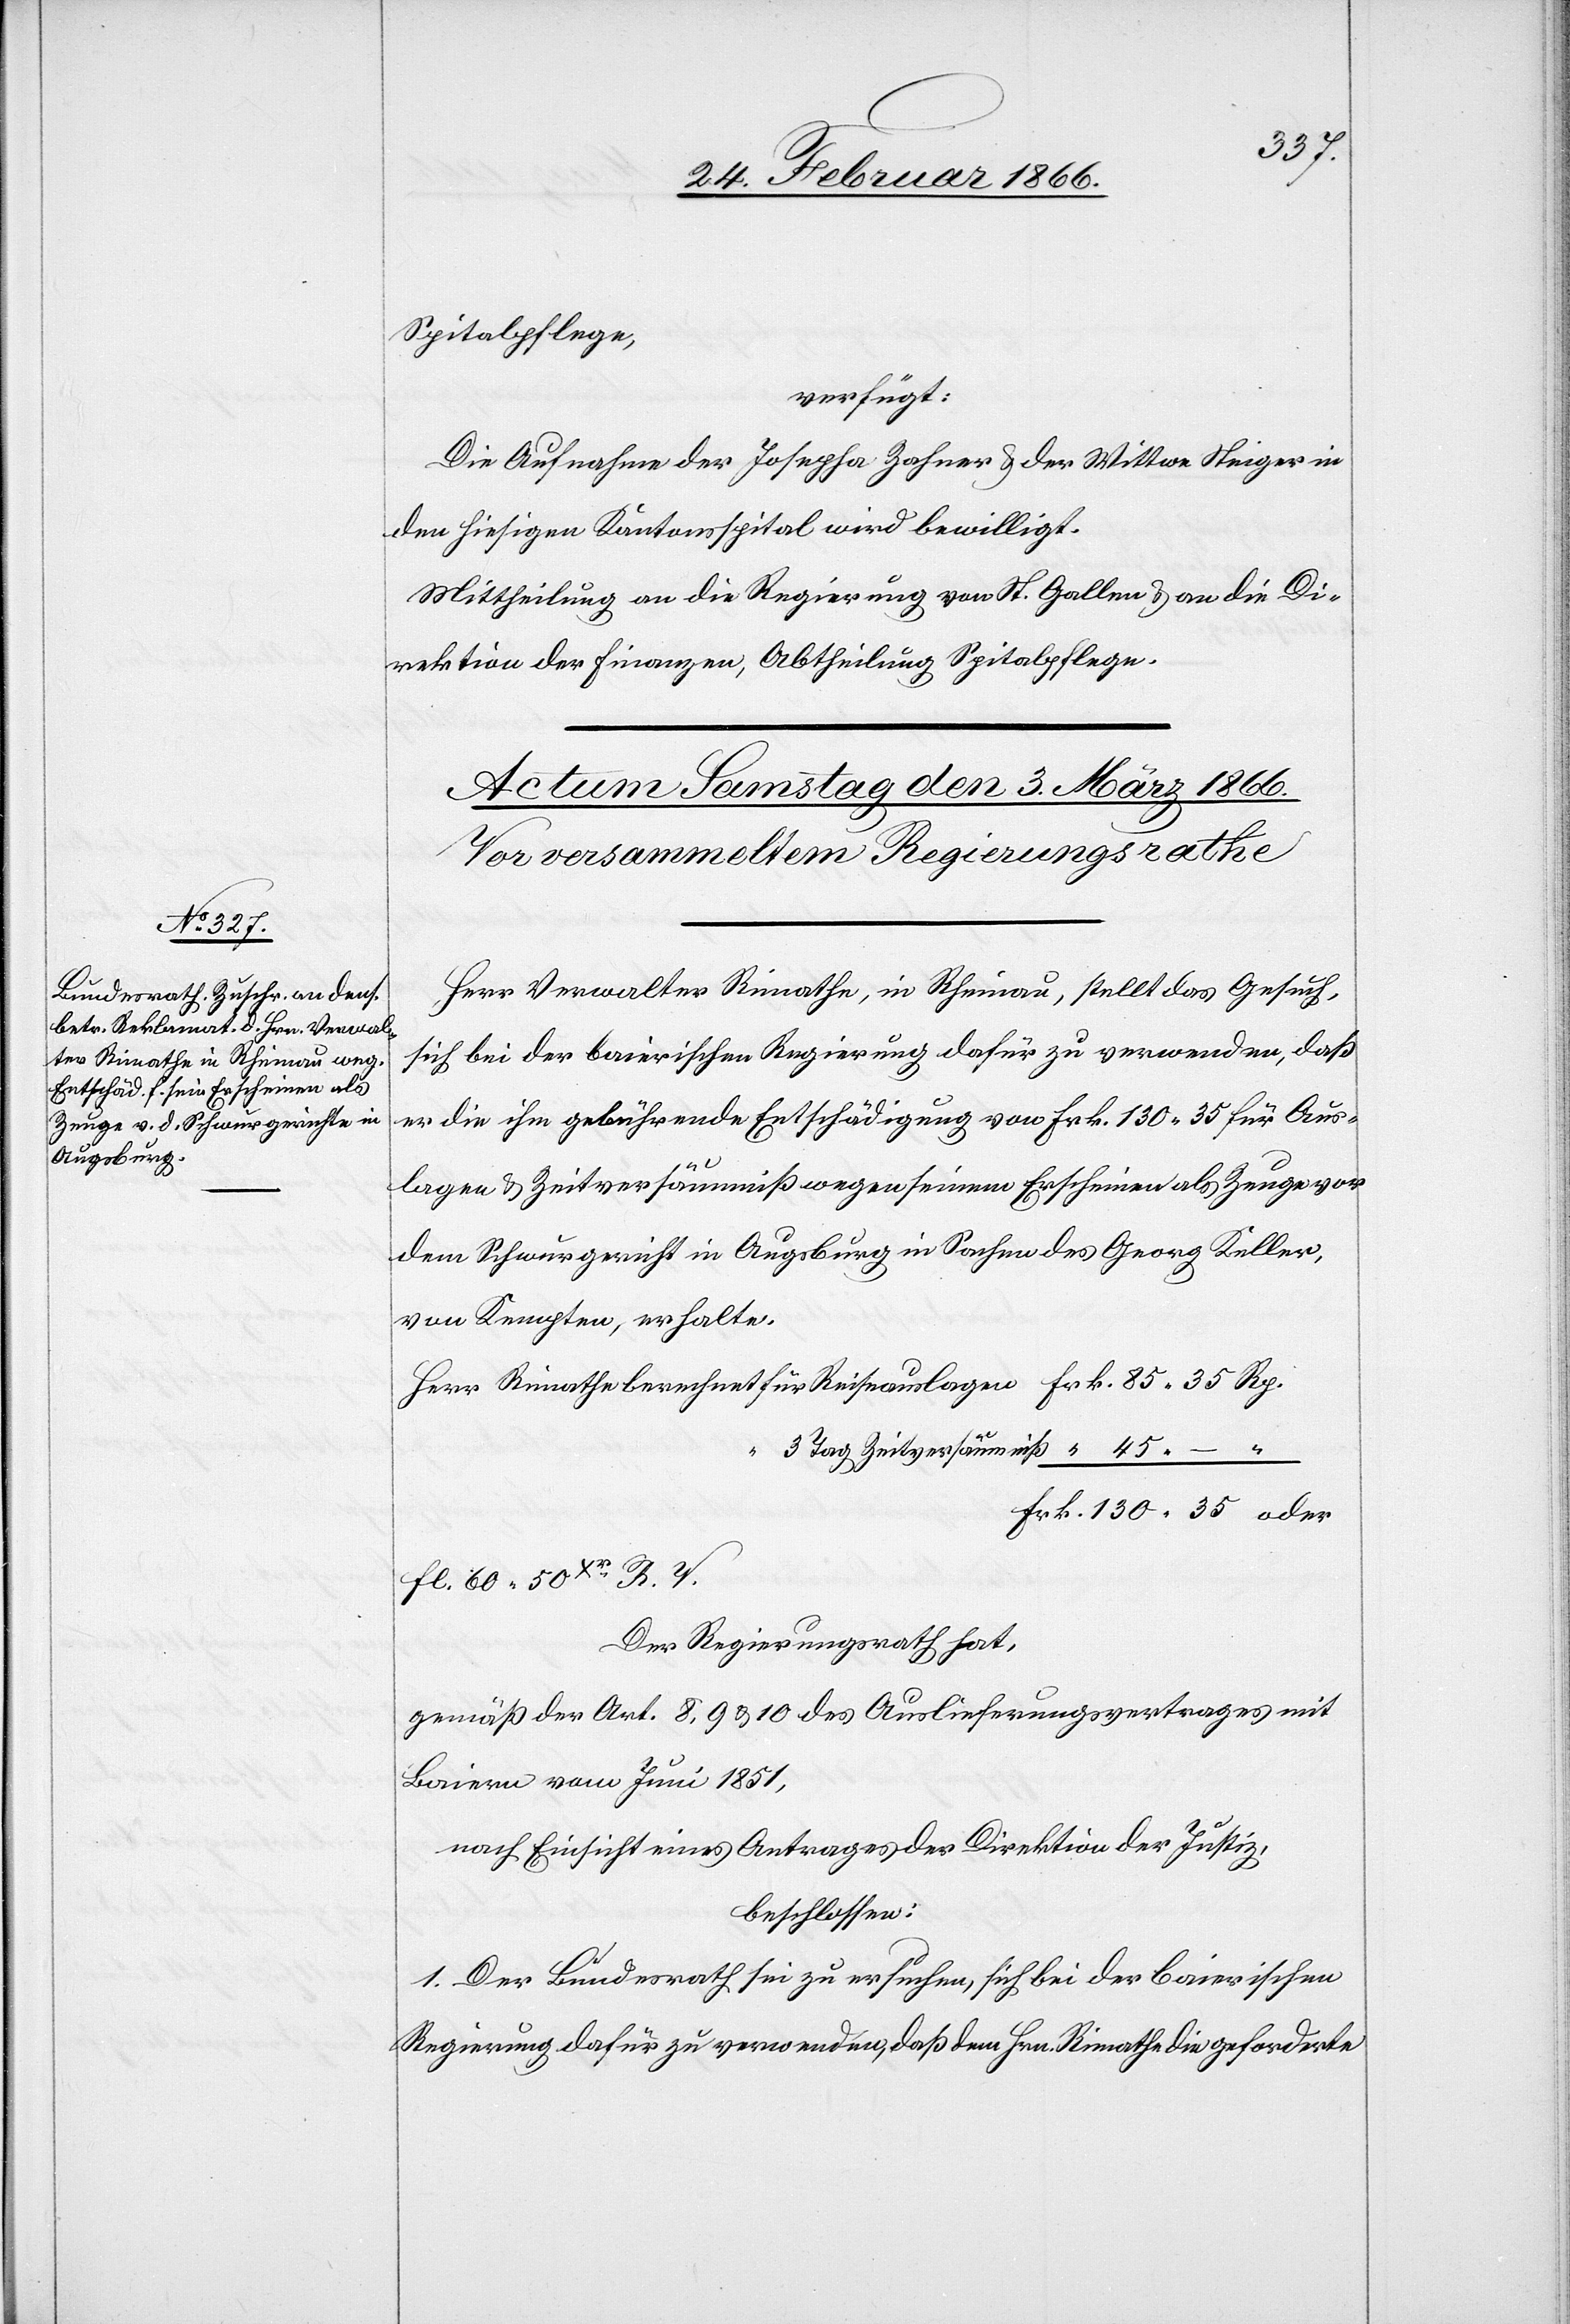
35
Spitalpflege,
verfügt:
Die Aufnahme der Josepha Zahner u. der Wittwe Steiger in
den hiesigen Kantonsspital wird bewilligt.
Mittheilung an die Regierung von St. Gallen u. an die Di¬
rektion der Finanzen, Abtheilung Spitalpflege.
Herr Verwalter Rimathe, in Rheinau, stellt das Gesuch,
sich bei der bairischen Regierung dafür zu verwenden, daß
er die ihm gebührende Entschädigung von Frk. 130,35 für Aus¬
130
lagen u. Zeitversäumniße wegen seinem Erscheinen als Zeuge vor
dem Schwurgerichte in Augsburg in Sachen des Georg Keller,
von Kempten, erhalte.
Fl. 60 50 Xr. R. T.
Der Regierungsrath hat,
gemäß der Art 8, 9 u. 10 des Auslieferungsvertrages mit
Baiern vom Juni 1851,
nach Einsicht eines Antrages der Direktion der Justiz,
beschlossen:
1. Der Bundesrath sei zu ersuchen, sich bei der baierischen
Regierung dafür zu verwenden, daß dem Hrn. Rimathe die geforderte